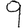
Digit: 9